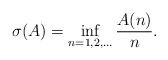
\begin{align*}\sigma(A) = \inf_{n = 1,2,\ldots} \frac{A(n)}{n}.\end{align*}